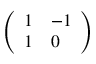
\left( \begin{array} { l l } { 1 } & { - 1 } \\ { 1 } & { 0 } \end{array} \right)